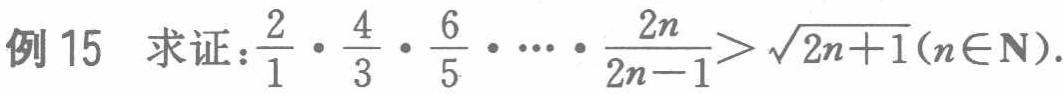
例 15 求证：\(\frac{2}{1} \cdot \frac{4}{3} \cdot \frac{6}{5} \cdot \cdots \cdot \frac{2n}{2n - 1}>\sqrt{2n + 1}(n\in \mathbf{N})\)